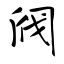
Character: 阀